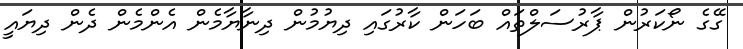
ގޭގެ ނޯކަރުން ޕާރުސަލްތައް ބަހަން ކާރުގައި ދިޔުމުން ދިނާޔާމެން އެންމެން ދެން ދިޔައީ